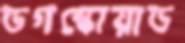
ডগস্কোয়াড